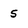
Character: 5